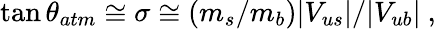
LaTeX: \tan\theta_{atm}\cong\sigma\cong(m_{s}/m_{b})|V_{us}|/|V_{ub}|~,